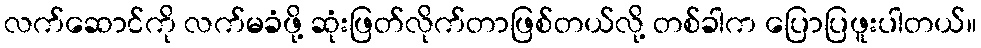
လက်ဆောင်ကို လက်မခံဖို့ ဆုံးဖြတ်လိုက်တာဖြစ်တယ်လို့ တစ်ခါက ပြောပြဖူးပါတယ်။